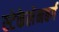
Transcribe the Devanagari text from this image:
स्टेकेलेनबर्ग